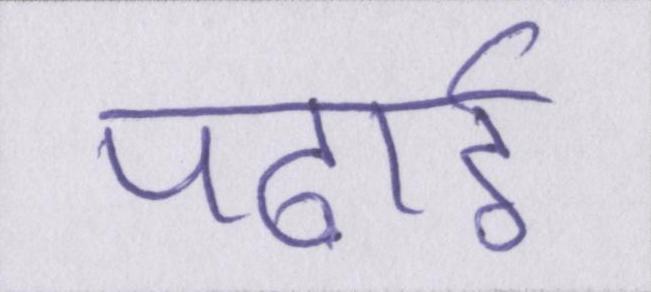
पढ़ाई